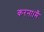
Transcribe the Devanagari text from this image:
करना।मैं